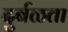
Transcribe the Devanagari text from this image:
दुर्बळता